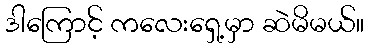
ဒါကြောင့် ကလေးရှေ့မှာ ဆဲမိမယ်။